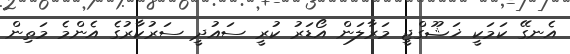
އެނގޭ ކަމަކީ ޚަޝޫގްޖީ މަރާލަން އޯޑަރު ކުރީ ސައުދީ ސަރުކާރުގެ އެންމެ މަތިން